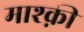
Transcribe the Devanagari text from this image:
माश्क़ी